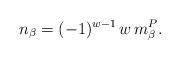
LaTeX: \begin{align*}n_\beta = (-1)^{w-1} \, w \, m^P_\beta.\end{align*}